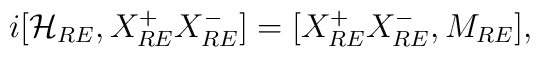
i[{\cal H}_{RE}, X_{RE}^+X_{RE}^-]=[X_{RE}^+X_{RE}^-,M_{RE}],